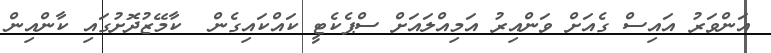
އަންވަރު އައިސް ގެއަށް ވަންއިރު އަމިއްލައަށް ސްޕެކެޓީ ކައްކައިގެން  ކާމޭޒުދޮށުގައި ކާންއިން